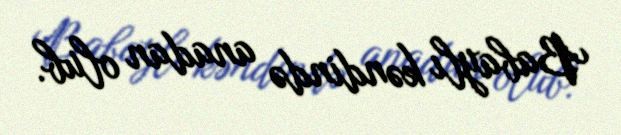
Babaylı kəndində anadan olub.